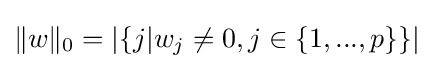
\|w\|_{0}=|\{j|w_{j}\neq 0,j\in \{1,...,p\}\}|